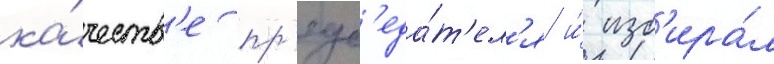
ка́честв'е пр'едс'еда́т'ел'я и́ изб'ира́л